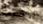
أحضرناه